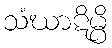
သံဃာဋိမ္ပိ